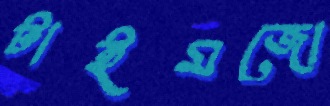
টাইমজো